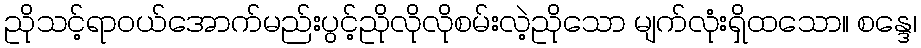
ညိုသင့်ရာဝယ်အောက်မည်းပွင့်ညိုလိုလိုစမ်းလဲ့ညိုသော မျက်လုံးရှိထသော။ စန္ဒေ၊